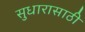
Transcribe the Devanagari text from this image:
सुधारासाठी